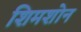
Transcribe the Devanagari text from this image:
शिमशोन